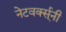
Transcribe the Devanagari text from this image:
नेटवर्क्स्‌नी